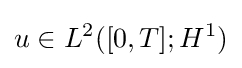
u\in L^{2}([0,T];H^{1})